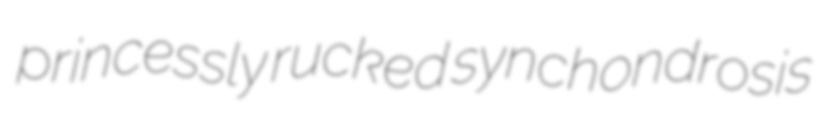
princessly rucked synchondrosis